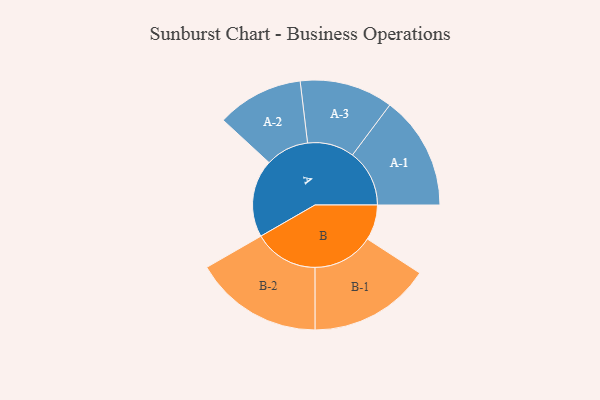
{"axis": {"x": "Segment", "y": "Value"}, "legend": ["", "A", "B"], "data": [{"x": "A", "y": 273, "type": ""}, {"x": "B", "y": 124, "type": ""}, {"x": "A-1", "y": 200, "type": "A"}, {"x": "A-2", "y": 152, "type": "A"}, {"x": "A-3", "y": 164, "type": "A"}, {"x": "B-1", "y": 214, "type": "B"}, {"x": "B-2", "y": 226, "type": "B"}]}